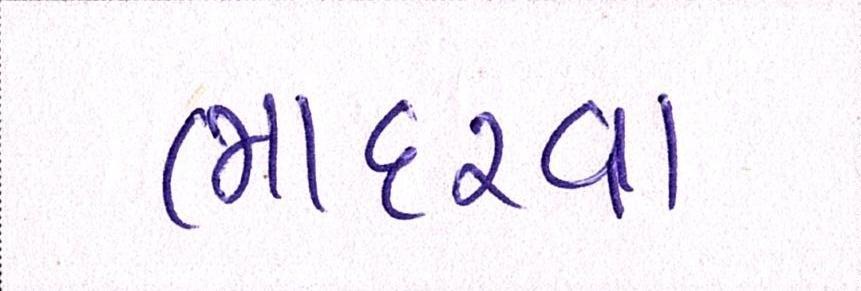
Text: ભાદરવા